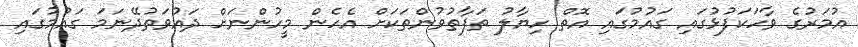
އުމަރުގެ ވާހަކަފުޅުގައި ގައުމުގައި އޮތް ހިޔާލު ތަފާތުވުންތަކަށް އެހެން މީހުންނަށް ދައުވަތުދޭނަމަ ގައުމުގައި